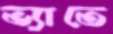
ভ্যাতে